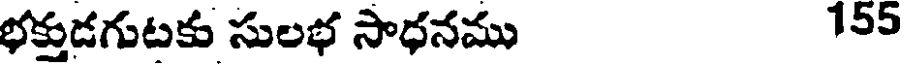
భక్తుడగుటకు సులభ సాధనము 155